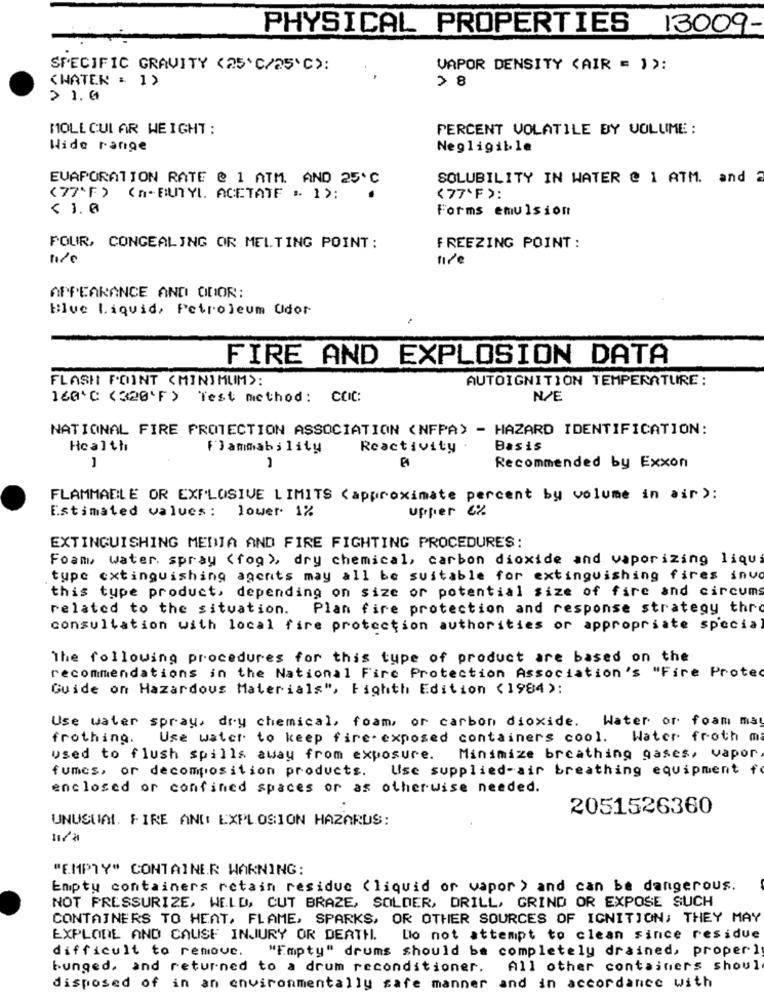
PHYSICAL PROPERTIES 13009-
SPECIFIC GRAVITY (25 ℃/25'℃):
VAPOR DENSITY (AIR = )):
(WATER : 1)
> 8
> 1.0
MOLECULAR WEIGHT :
PERCENT VOLATILE BY VOLUME:
Wide range
Negligible
EVAPORATION RATE @ 1 ATM. AND 25℃
SOLUBILITY IN WATER @ 1 ATM. and 2
(77'F)
(n- BUTYL ACETATE " 1):
(77'F ):
< 1. 0
Forms emulsion
FOUR, CONGEALING OR MELTING POINT:
FREEZING POINT :
nie
APPEARANCE AND ODOR:
Blue Liquid, Petroleum Udor
FIRE AND EXPLOSION DATA
FLASH POINT (MINIMUM):
AUTOIGNITION TEMPERATURE:
160'℃ (320'F) Test method: CCIC:
N/E
NATIONAL FIRE PROTECTION ASSOCIATION (NFPA) - HAZARD IDENTIFICATION:
Health
Reactivity
Basis
1
Recommended by Exxon
FLAMMABLE OR EXPLOSIVE LIMITS (approximate percent by volume in air ):
Estimated values: lower 1%
upper 6%
EXTINGUISHING MEDIA AND FIRE FIGHTING PROCEDURES:
Foam water. spray (fog>, dry chemical, carbon dioxide and vaporizing liqu
tupe extinguishing agents may all be suitable for extinguishing fires invo
this tupe product, depending on size or potential size of fire and circums
related to the situation. Plan fire protection and response strategy thro
consultation with local fire protection authorities or appropriate specia
The following procedures for this tupe of product are based on the
recommendations in the National Fire Protection Association's "Fire Protec
Guide on Hazardous Materials", Fighth Edition (1984):
Use water spray, dry chemical, foam, or carbon dioxide. Water or foam may
frothing.
Use water to keep fire.exposed containers cool.
Water froth m
used to flush spills away from exposure.
Minimize breathing gases, vapor
fumes, or decomposition products.
Use supplied-air breathing equipment f
enclosed or confined spaces or as otherwise needed.
2051526360
UNUSUAL. FIRE AND EXPLOSION HAZARUS:
"EMPTY" CONTAINER WARNING:
Empty containers retain residue (liquid or vapor ) and can be dangerous.
NOT PRESSURIZE, WELD, CUT BRAZE, SOLDER, DRILL, GRIND OR EXPOSE SUCH
CONTAINERS TO HEAT, FLAME, SPARKS, OR OTHER SOURCES OF IGNITION; THEY MAY
EXPLODE AND CAUSE INJURY OR DEATH.
Lo not attempt to clean since residue
difficult to remove.
"Empty" drums should be completely drained, proper ]
bunged, and returned to a drum reconditioner. All other containers shoul
disposed of in an environmentally safe manner and in accordance with